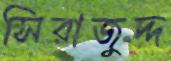
সিরাজুদ্দ